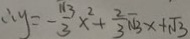
\therefore y = - \frac { \sqrt { 3 } } { 3 } x ^ { 2 } + \frac { 2 } { 3 } \sqrt { 3 } x + \sqrt { 3 }